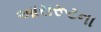
આરારૂટના